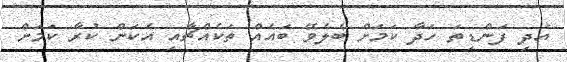
އަދި ފަންޑިތަ ހަދާ ކަމަށް ބެލެވޭ ބައެއް ތަކެއްޗާއި އެކަން ކުރާ ކަމަށް